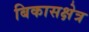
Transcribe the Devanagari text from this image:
बिकासक्षेत्र